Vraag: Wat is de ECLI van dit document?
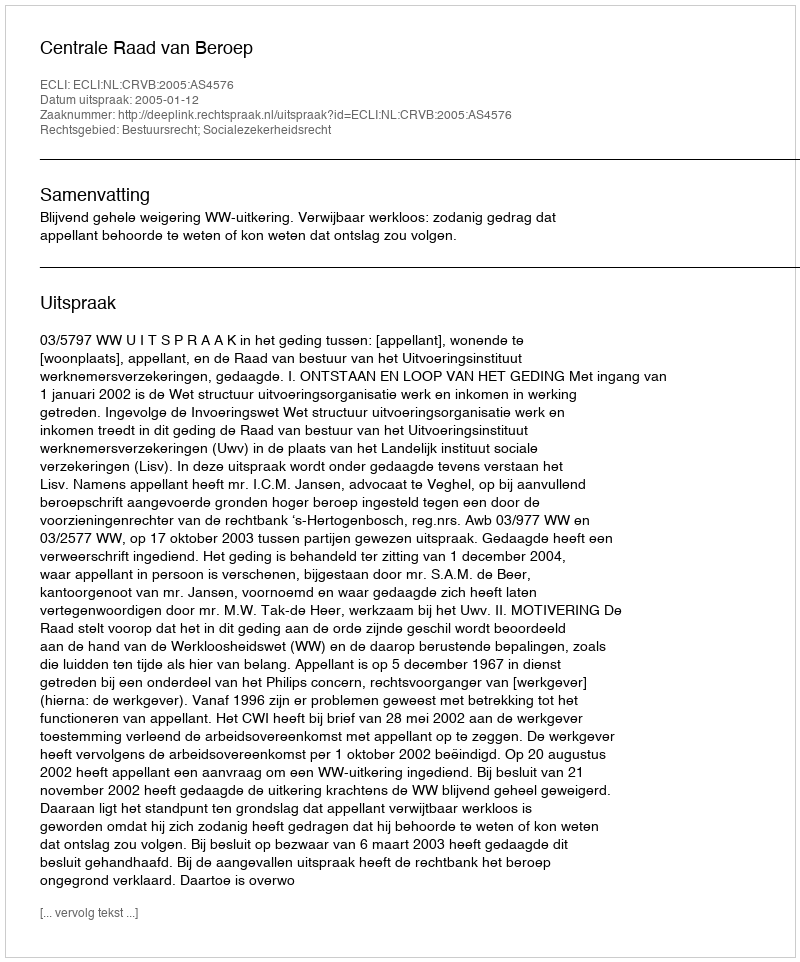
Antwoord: ECLI:NL:CRVB:2005:AS4576